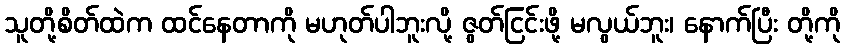
သူတို့စိတ်ထဲက ထင်နေတာကို မဟုတ်ပါဘူးလို့ ဇွတ်ငြင်းဖို့ မလွယ်ဘူး၊ နောက်ပြီး တို့ကို